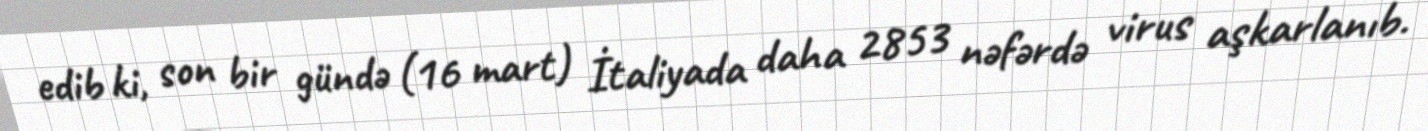
edib ki, son bir gündə (16 mart) İtaliyada daha 2853 nəfərdə virus aşkarlanıb.